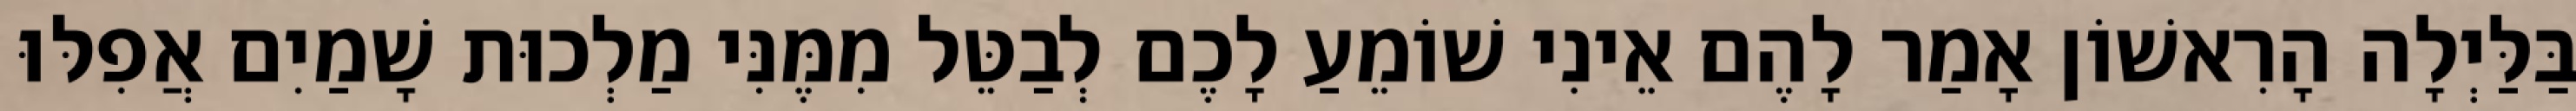
בַּלַּיְלָה הָרִאשׁוֹן אָמַר לָהֶם אֵינִי שׁוֹמֵעַ לָכֶם לְבַטֵּל מִמֶּנִּי מַלְכוּת שָׁמַיִם אֲפִלּוּ